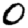
Digit: 0